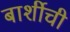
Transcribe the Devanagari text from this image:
बार्शीची